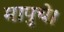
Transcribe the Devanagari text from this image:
मापुचे।